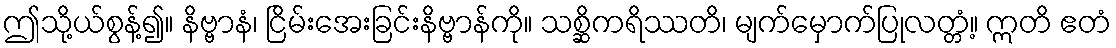
ဤသို့ယ်စွန့်၍။ နိဗ္ဗာနံ၊ ငြိမ်းအေးခြင်းနိဗ္ဗာန်ကို။ သစ္ဆိကရိဿတိ၊ မျက်မှောက်ပြုလတ္တံ့။ ဣတိ ဧတံ